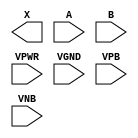
module sky130_fd_sc_hd__xor2 (
    X   ,
    A   ,
    B   ,
    VPWR,
    VGND,
    VPB ,
    VNB
);

    output X   ;
    input  A   ;
    input  B   ;
    input  VPWR;
    input  VGND;
    input  VPB ;
    input  VNB ;
endmodule